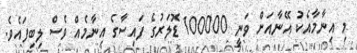
މި އިނާމާއެކު އޭނާއަށް ވަނީ 100000 ޑޮލަރުގެ ފައިސާގެ އިނާމެއް ވެސް ލިބިފައެވެ.